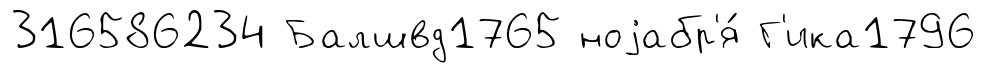
316586234 Балшвд1765 ноjабр'я́ Г'ика1796